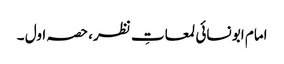
امام ابو نسائی لمعاتِ نظر، حصہ اول ۔